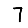
Digit: 7